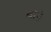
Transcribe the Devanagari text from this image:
बोप्रे